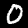
Label: 0